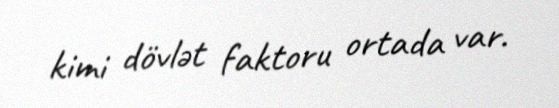
kimi dövlət faktoru ortada var.